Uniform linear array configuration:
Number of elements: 32
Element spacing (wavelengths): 1
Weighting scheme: blackman
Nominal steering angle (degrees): -30
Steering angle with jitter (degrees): -29.428
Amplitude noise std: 0.05
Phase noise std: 0.05

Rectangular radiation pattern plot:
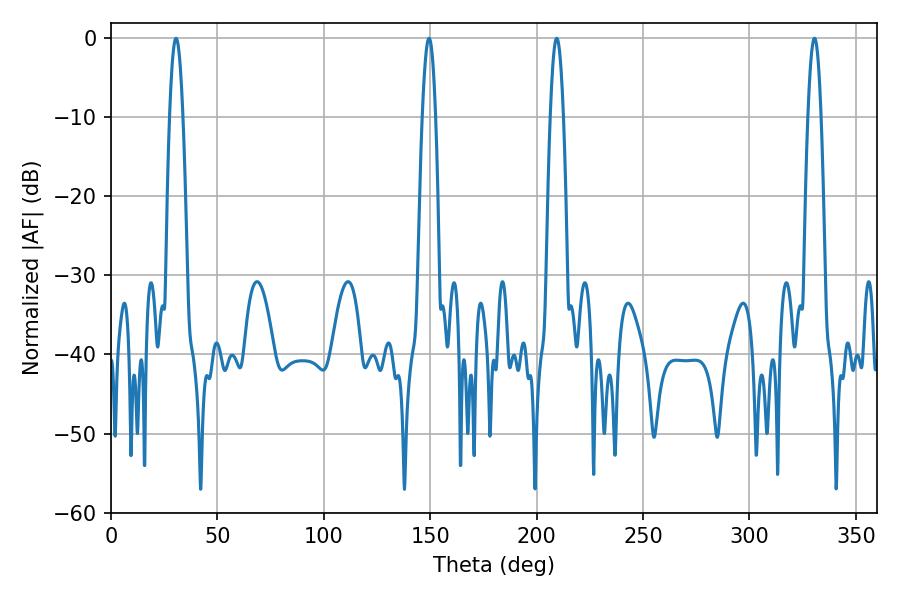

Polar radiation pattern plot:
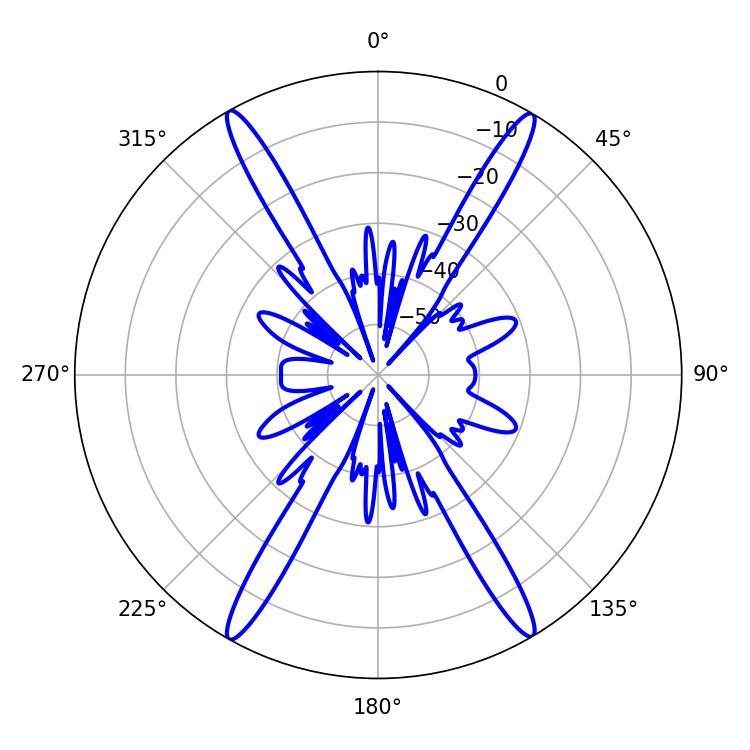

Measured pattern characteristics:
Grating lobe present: TRUE
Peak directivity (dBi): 28.075
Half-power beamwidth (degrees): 3.24
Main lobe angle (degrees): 30.6